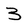
Character: 3